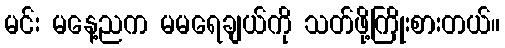
မင်း မနေ့ညက မမရေချယ်ကို သတ်ဖို့ကြိုးစားတယ်။